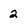
Character: 2